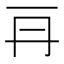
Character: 𠕂